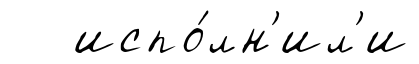
испо́лн'ил'и